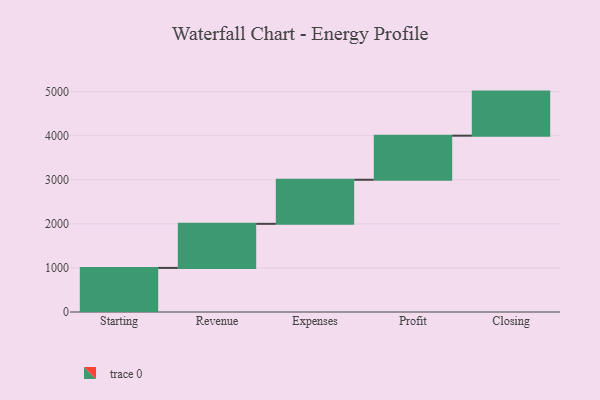
{"axis": {"x": "Step", "y": "Value"}, "legend": [""], "data": [{"x": "Starting", "y": 1000, "type": ""}, {"x": "Revenue", "y": 1000, "type": ""}, {"x": "Expenses", "y": 1000, "type": ""}, {"x": "Profit", "y": 1000, "type": ""}, {"x": "Closing", "y": 1000, "type": ""}]}